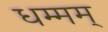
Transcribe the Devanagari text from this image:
धम्मम्